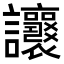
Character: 𧮨